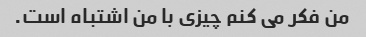
من فکر می کنم چیزی با من اشتباه است.